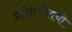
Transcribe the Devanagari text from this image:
प्रसेनजीतची